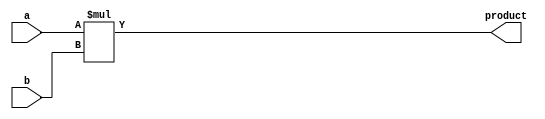
/*
 * Objective: Writing a verilog example
 * Description: 4 bit multiplier using behavioral statement.
 * Version: 1.0.01
 * Other files: Not required
 * Status: OK
 */

module multiplier_4x4(input [3:0] a, b, output reg [7:0] product);
    always @(*)
    begin
        product = a * b;
    end
endmodule

module testbench;
    reg [3:0] a, b;
    wire [7:0] product;

    // Instantiate the multiplier
    multiplier_4x4 uut (
        .a(a),
        .b(b),
        .product(product)
    );

    initial begin
        // Initialize inputs
        a = 4'b0000;
        b = 4'b0000;

        // Apply test vectors
        #10 a = 4'b0010; b = 4'b0011;  // 2 * 3 = 6
        #10 a = 4'b0100; b = 4'b0101;  // 4 * 5 = 20
        #10 a = 4'b0110; b = 4'b0111;  // 6 * 7 = 42
        #10 a = 4'b1000; b = 4'b1001;  // 8 * 9 = 72
        #10 a = 4'b1010; b = 4'b1011;  // 10 * 11 = 110
        #10 a = 4'b1100; b = 4'b1101;  // 12 * 13 = 156
        #10 a = 4'b1110; b = 4'b1111;  // 14 * 15 = 210

        // End the simulation
        #10 $finish;
    end

    initial begin
        $monitor("At time %d, a = %b, b = %b, product = %b", $time, a, b, product);
    end
endmodule